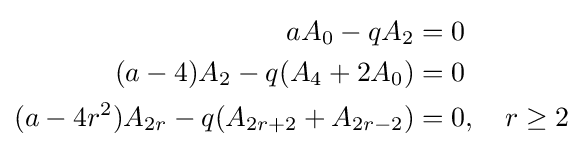
{\begin{aligned}aA_{0}-qA_{2}&=0\\(a-4)A_{2}-q(A_{4}+2A_{0})&=0\\(a-4r^{2})A_{2r}-q(A_{2r+2}+A_{2r-2})&=0,\quad r\geq 2\end{aligned}}